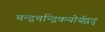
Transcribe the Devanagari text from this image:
चन्द्रचन्द्रिकयोर्यद्वद्